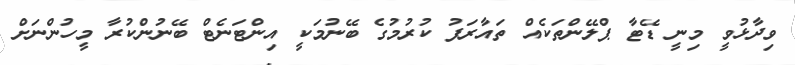
ވިދާޅުވީ މިނީ ޑޭޓާ ޕްލޭންތަކެއް ތައާރަފު ކުރުމުގެ ބޭނުމަކީ އިންޓަނެޓް ބޭނުންކުރާ މީހުންނަށް